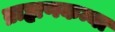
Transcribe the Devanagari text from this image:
ब्राह्मणकन्या